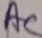
Text: AC